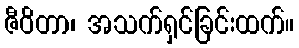
ဇီဝိတာ၊ အသက်ရှင်ခြင်းထက်။